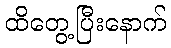
ထိတွေ့ပြီးနောက်